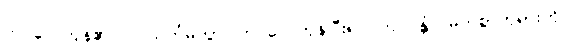
ကပ်လေကုန်၏။ ဥပသင်္ကမိတွာ၊ ကပ်လေကုန်ပြီး၍။ ဘဂဝန္တံ၊ မြတ်စွာဘုရားကို။